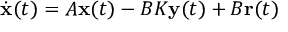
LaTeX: { \dot { \mathbf { x } } } ( t ) = A \mathbf { x } ( t ) - B K \mathbf { y } ( t ) + B \mathbf { r } ( t )